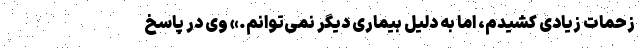
زحمات زیادی کشیدم، اما به دلیل بیماری دیگر نمی‌توانم.» وی در پاسخ